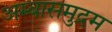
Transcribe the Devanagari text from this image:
अम्बासमुद्रम